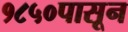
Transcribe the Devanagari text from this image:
१८५०पासून